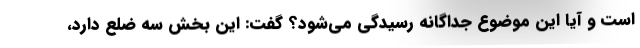
است و آیا این موضوع جداگانه رسیدگی می‌شود؟ گفت: این بخش سه ضلع دارد،